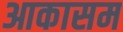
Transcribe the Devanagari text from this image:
आकासम